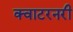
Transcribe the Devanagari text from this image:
क्वाटरनरी